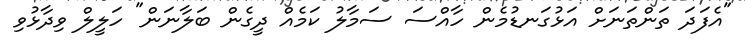
"އެފަދަ ތަންތަނަށް އަޅުގަނޑުމެން ހާއްސަ ސަމާލު ކަމެއް ދީގެން ބަލާނަން" ހަލީލް ވިދާޅުވި